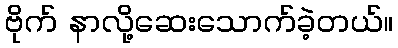
ဗိုက် နာလို့ဆေးသောက်ခဲ့တယ်။